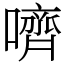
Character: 嚌